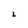
Character: 2